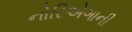
નોરિએગાની